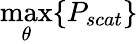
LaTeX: \operatorname*{max}_{\theta}\{ P_{scat}\}